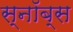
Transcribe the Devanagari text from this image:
स्नॉब्स